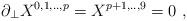
LaTeX: \begin{align*}\partial_\perp X^{0,1,..,p} = X^{p+1,..,9} = 0 \ , \end{align*}